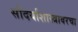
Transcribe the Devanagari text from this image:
सौंदर्याशास्त्रावरचा